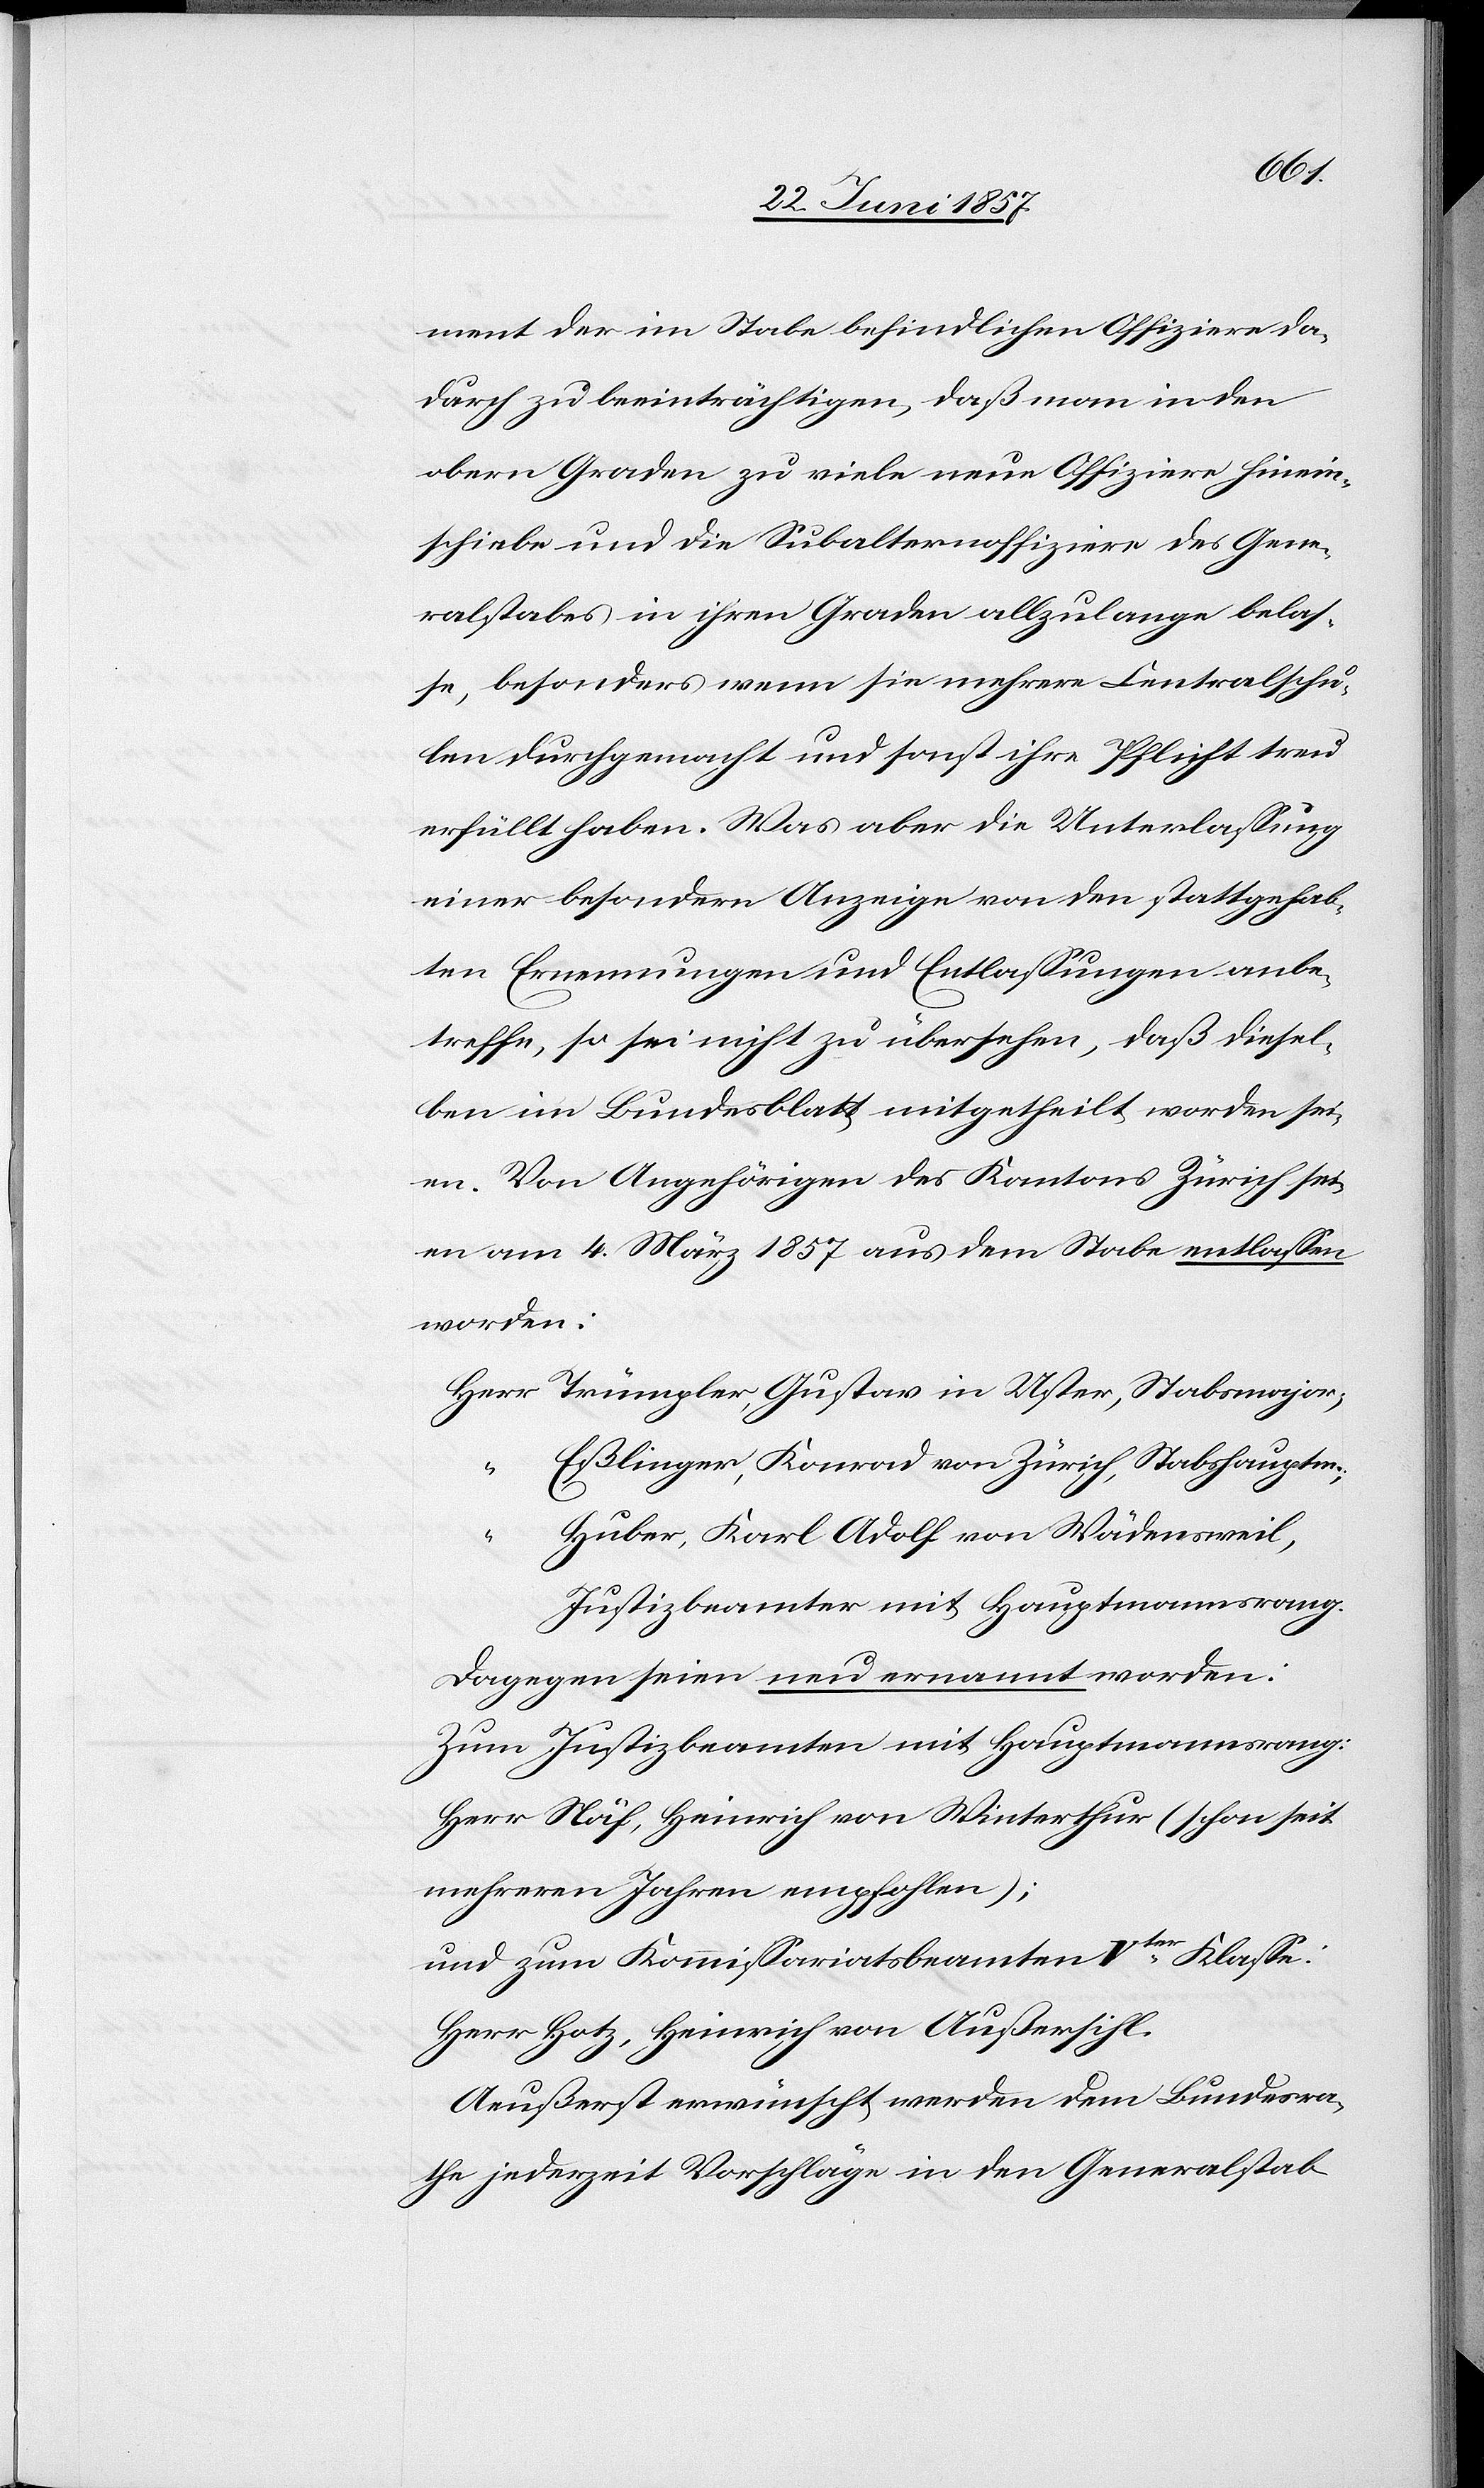
ment der im Stabe befindlichen Offiziere da¬
durch zu beeinträchtigen, daß man in den
obern Graden zu viele neue Offiziere hinein¬
schiebe und die Subalternoffiziere des Gene¬
ralstabes in ihren Graden allzulange belas¬
se, besonders wenn sie mehrere Centralschu¬
len durchgemacht und sonst ihre Pflicht treu
erfüllt haben. Was aber die Unterlassung
einer besondern Anzeige von den stattgehab¬
ten Ernennungen und Entlassungen anbe¬
treffe, so sei nicht zu übersehen, daß diesel¬
ben im Bundesblatt mitgetheilt worden sei¬
en. Von Angehörigen des Kantons Zürich sei¬
en am 4 März 1857 aus dem Stabe entlassen
worden:
Herr Trümpler, Gustav in Uster, Stabsmajor,
Eßlinger, Konrad von Zürich, Stabshauptm.,
“
Huber, Karl Adolf von Wädensweil,
Justizbeamter mit Hauptmannsrang.
Dagegen seien neu ernannt worden:
Zum Justizbeamten mit Hauptmannszwang:
Herr Näf, Heinrich von Winterthur (schon seit
mehreren Jahren empfohlen);
Und zum Kommissariatsbeamten Vter Klasse:
Herr Hotz, Heinrich von Außersihl.
Aeußerst erwünscht werden dem Bundesra¬
the jederzeit Vorschläge in den Generalstab